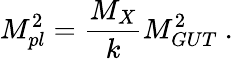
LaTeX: M_{pl}^{2}={\frac{M_{X}}{\displaystyle{k}}}M_{GUT}^{2}~.~\,